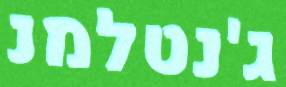
ג'נטלמנ